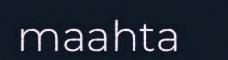
maahta